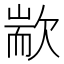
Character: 歂